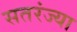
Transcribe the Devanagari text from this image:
सतरंज्या